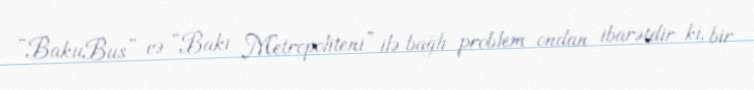
“BakuBus” və “Bakı Metropoliteni” ilə bağlı problem ondan ibarətdir ki, bir